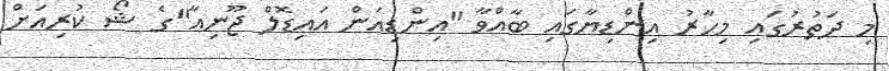
މި ދަތުރުގައި މިހާރު އިންޑިޔާގައި ބާއްވާ "އިންޑިއަން އައިޑޮލް ޖޫނިއާ"ގެ ޝޯ ކުރިއަށް